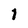
Character: 1